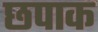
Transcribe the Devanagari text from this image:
छपाक